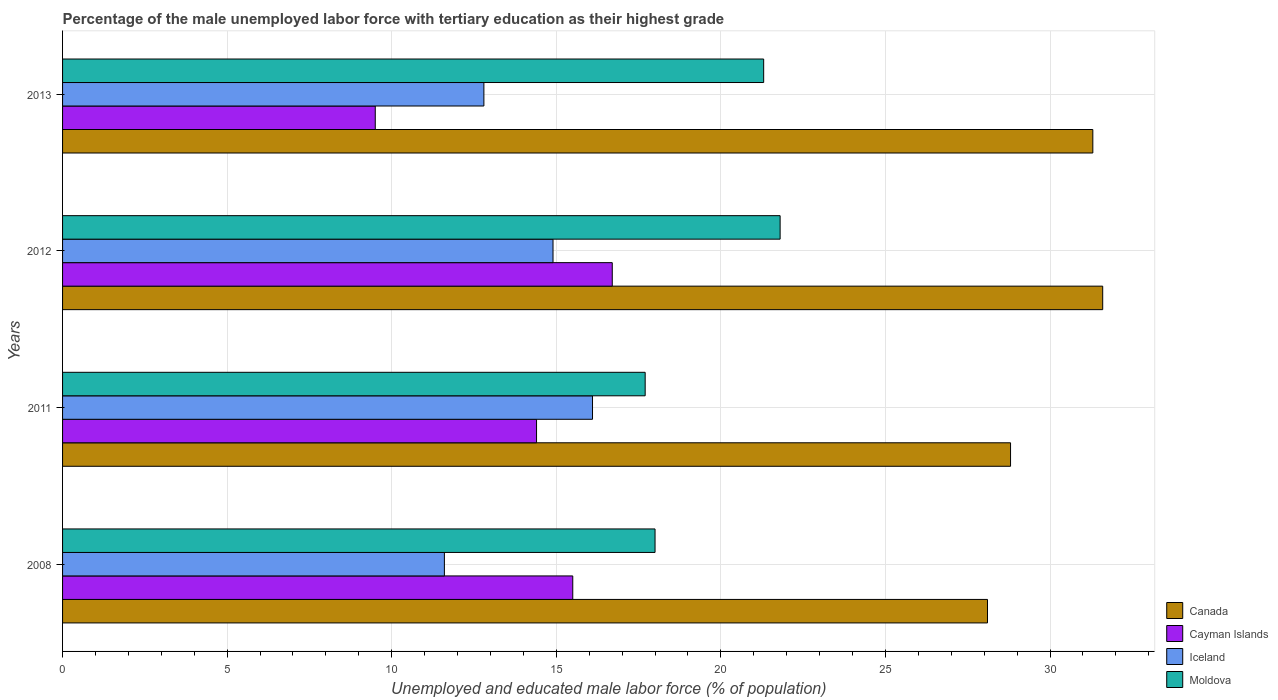
| Years | Canada | Cayman Islands | Iceland | Moldova |
 | --- | --- | --- | --- | --- |
 | 2008 | 28.1 | 15.5 | 11.6 | 18 |
 | 2011 | 28.8 | 14.4 | 16.1 | 17.7 |
 | 2012 | 31.6 | 16.7 | 14.9 | 21.8 |
 | 2013 | 31.3 | 9.5 | 12.8 | 21.3 |